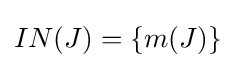
IN(J)=\{m(J)\}